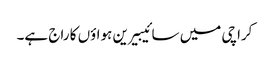
کراچی میں سائیبیرین ہواؤں کا راج ہے۔